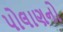
પોલાણનો